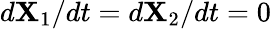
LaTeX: d\mathbf{X}_{1}/dt=d\mathbf{X}_{2}/dt=0